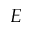
E